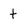
Character: t